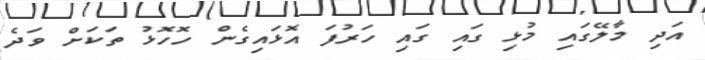
އަދި މާލޭގައި މުޅި ގައި ގައި ހަރުފަ އޮޅައިގެން ހޮހޮޅު ތަކަށް ވަދެ